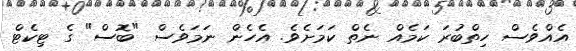
އެއްވެސް ހިތްބުރަ ކަމެއް ނެތް ކަމަށެވެ. އެހެން ނަމަވެސް "ބޮސް" ގެ ޓިކެޓް